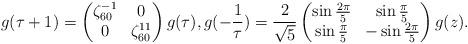
LaTeX: \begin{align*} g(\tau + 1) = \begin{pmatrix} \zeta_{60}^{-1} & 0 \\ 0 & \zeta_{60}^{11} \end{pmatrix} g(\tau), g(-\frac{1}{\tau}) = \frac{2}{\sqrt{5}} \begin{pmatrix} \sin \frac{2 \pi}{5} & \sin \frac{\pi}{5} \\ \sin \frac{\pi}{5} & -\sin \frac{2 \pi}{5} \end{pmatrix} g(z).\end{align*}